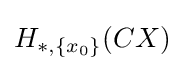
H_{*,\{x_{0}\}}(CX)